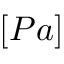
[ P a ]